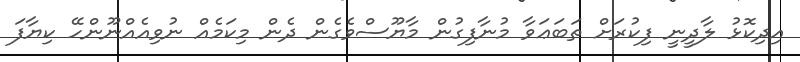
އިދިކޮޅު ލާދީނީ ފިކުރަށް ތަބަޢަވާ މުނާފިގުން މާޔޫސްވެގެން ދެން މިކަމެއް ނުވިއެއްނޫންހޭ ކިޔާފަ